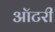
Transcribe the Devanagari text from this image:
ऑटरी